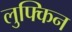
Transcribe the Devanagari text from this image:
लुफ्किन